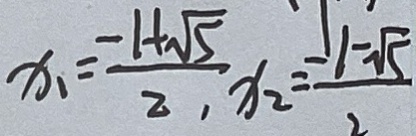
x _ { 1 } = \frac { - 1 + \sqrt { 5 } } { 2 } , x _ { 2 } = \frac { - 1 - \sqrt { 5 } } { 2 }